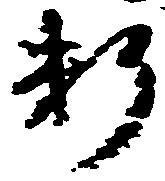
料